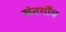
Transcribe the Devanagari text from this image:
बंदगाँव